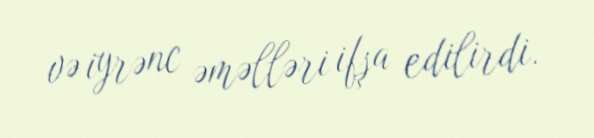
və iyrənc əməlləri ifşa edilirdi.